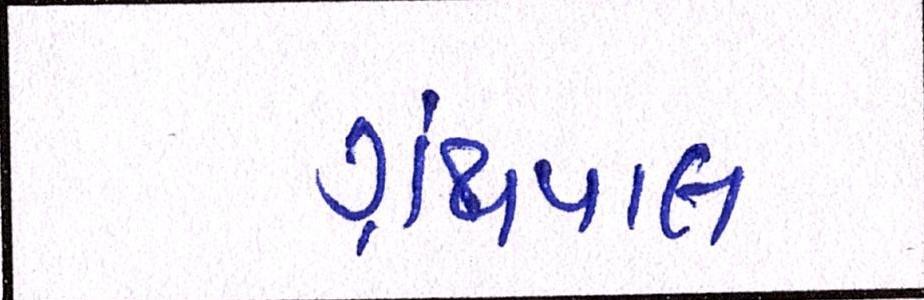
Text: ગ્રંથપાલ